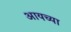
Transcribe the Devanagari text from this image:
आयच्या